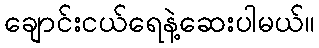
ချောင်းငယ်ရေနဲ့ဆေးပါမယ်။